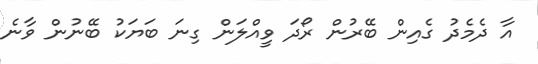
އާ ދެމެދު ގެއިން ބޭރުން ރޯދަ ވީއްލަން ގިނަ ބަޔަކު ބޭނުން ވާނެ